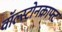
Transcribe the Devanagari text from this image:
वॉल्स्टोनक्राफ्ट